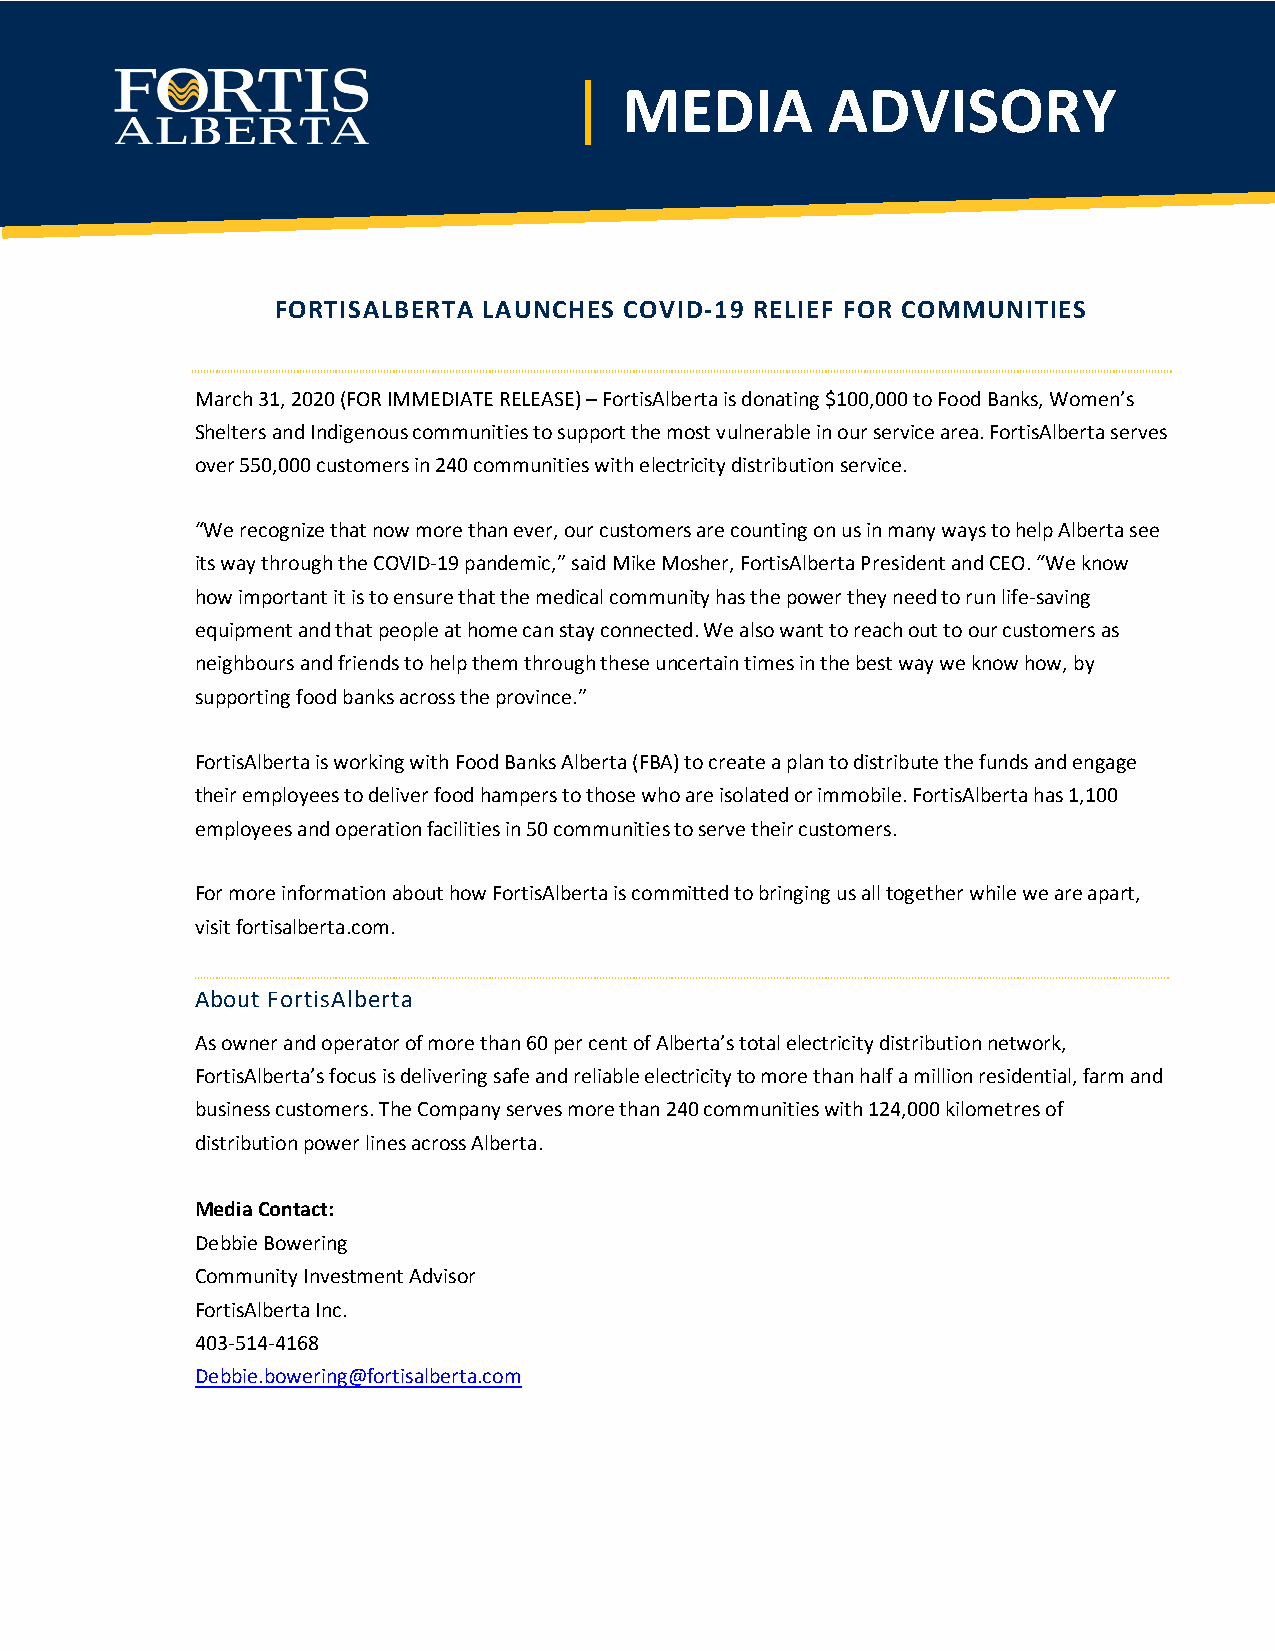
|  MEDIA         ADVISORY
 FORTISALBERTA LAUNCHES COVID-19 RELIEF FOR COMMUNITIES
 March 31, 2020 (FOR IMMEDIATE RELEASE) – FortisAlberta is donating $100,000 to Food Banks, Women’s
 Shelters and Indigenous communities to support the most vulnerable in our service area. FortisAlberta serves
 over 550,000 customers in 240 communities with electricity distribution service.
 “We recognize that now more than ever, our customers are counting on us in many ways to help Alberta see
 its way through the COVID-19 pandemic,” said Mike Mosher, FortisAlberta President and CEO. “We know
 how important it is to ensure that the medical community has the power they need to run life-saving
 equipment and that people at home can stay connected. We also want to reach out to our customers as
 neighbours and friends to help them through these uncertain times in the best way we know how, by
 supporting food banks across the province.”
 FortisAlberta is working with Food Banks Alberta (FBA) to create a plan to distribute the funds and engage
 their employees to deliver food hampers to those who are isolated or immobile. FortisAlberta has 1,100
 employees and operation facilities in 50 communities to serve their customers.
 For more information about how FortisAlberta is committed to bringing us all together while we are apart,
 visit fortisalberta.com.
 About FortisAlberta
 As owner and operator of more than 60 per cent of Alberta’s total electricity distribution network,
 FortisAlberta’s focus is delivering safe and reliable electricity to more than half a million residential, farm and
 business customers. The Company serves more than 240 communities with 124,000 kilometres of
 distribution power lines across Alberta.
 Media Contact:
 Debbie Bowering
 Community Investment Advisor
 FortisAlberta Inc.
 403-514-4168
 Debbie.bowering@fortisalberta.com